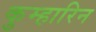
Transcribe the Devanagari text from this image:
कुम्हारिन